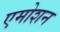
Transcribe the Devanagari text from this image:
एमोशन